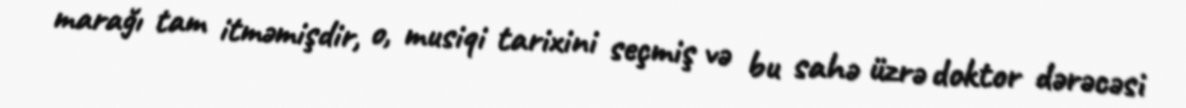
marağı tam itməmişdir, o, musiqi tarixini seçmiş və bu sahə üzrə doktor dərəcəsi